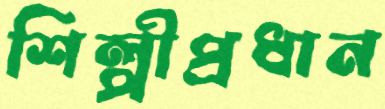
শিল্পীপ্রধান